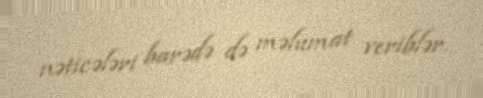
nəticələri barədə də məlumat veriblər.